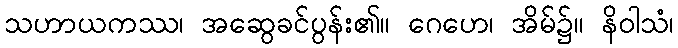
သဟာယကဿ၊ အဆွေခင်ပွန်း၏။ ဂေဟေ၊ အိမ်၌။ နိဝါသံ၊